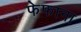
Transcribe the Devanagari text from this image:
फेफाना